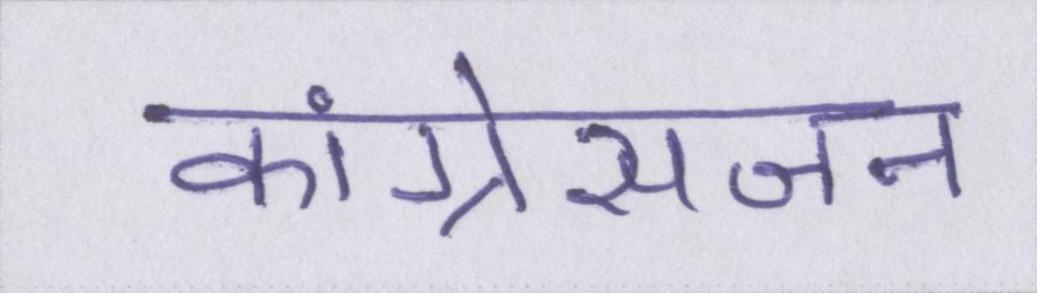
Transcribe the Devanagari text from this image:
कांग्रेसजन